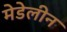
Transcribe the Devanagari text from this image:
मेडेलीन